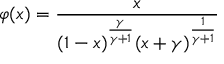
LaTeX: \varphi ( x ) = \frac { x } { ( 1 - x ) ^ { \frac { \gamma } { \gamma + 1 } } ( x + \gamma ) ^ { \frac { 1 } { \gamma + 1 } } }